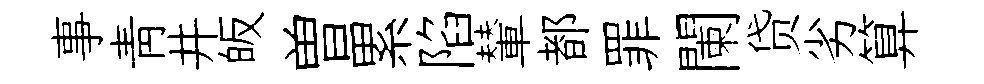
事靑井皈曽累陷輦都罪闌贷劣算